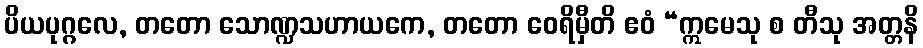
ပိယပုဂ္ဂလေ, တတော သောဏ္ဍသဟာယကေ, တတော ဝေရိမှီတိ ဧဝံ “ဣမေသု စ တီသု အတ္တနိ